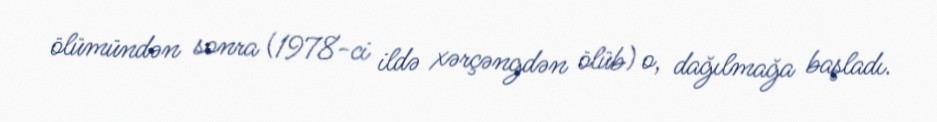
ölümündən sonra (1978-ci ildə xərçəngdən ölüb) o, dağılmağa başladı.